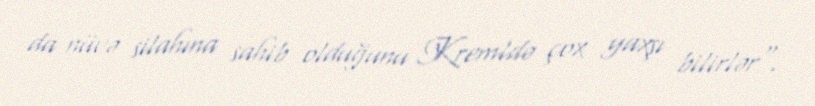
da nüvə silahına sahib olduğunu Kremldə çox yaxşı bilirlər".